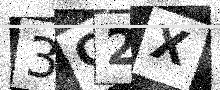
Text: 3C2X